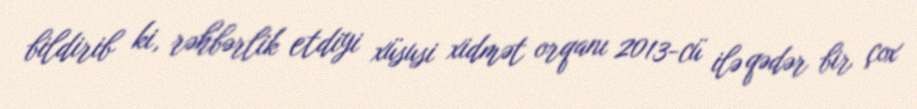
bildirib ki, rəhbərlik etdiyi xüsusi xidmət orqanı 2013-cü ilə qədər bir çox